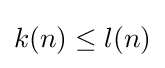
k(n)\leq l(n)